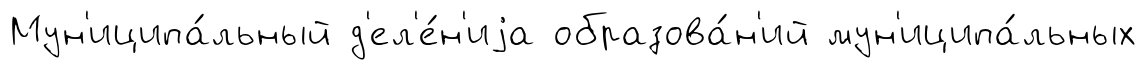
Мун'иципа́льный д'ел'е́н'иjа образова́н'ий мун'иципа́льных